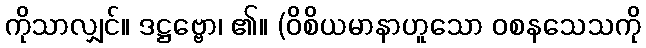
ကိုသာလျှင်။ ဒဋ္ဌဗ္ဗော၊ ၏။ (ဝိစိယမာနာဟူသော ဝစနသေသကို